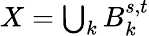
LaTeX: \textstyle X=\bigcup_{k}B_{k}^{s,t}